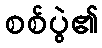
စစ်ပွဲ၏